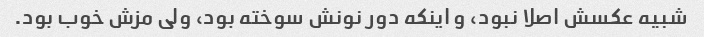
شبیه عکسش اصلا نبود، و اینکه دور نونش سوخته بود، ولی مزش خوب بود.